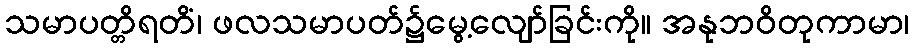
သမာပတ္တိရတိံ၊ ဖလသမာပတ်၌မွေ့လျော်ခြင်းကို။ အနုဘဝိတုကာမာ၊